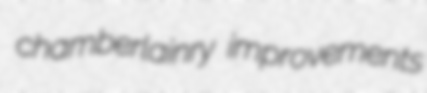
chamberlainry improvements